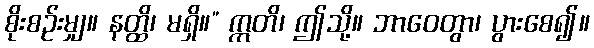
စိုးစဉ်းမျှ။ နတ္ထိ၊ မရှိ။” ဣတိ၊ ဤသို့။ ဘာဝေတွာ၊ ပွားစေ၍။